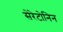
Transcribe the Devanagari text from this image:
सेरेटोनिन